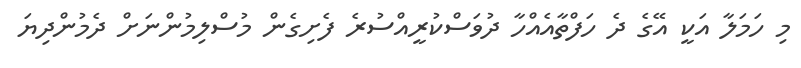
މި ހަމަލާ އަކީ އޭގެ ދެ ހަފްތާއެއްހާ ދުވަސްކުރީއްސުރެ ފެށިގެން މުސްލިމުންނަށް ދެމުންދިޔަ